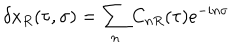
\delta x _ { R } ( \tau , \sigma ) = \sum _ { n } C _ { n R } ( \tau ) e ^ { - i n \sigma }